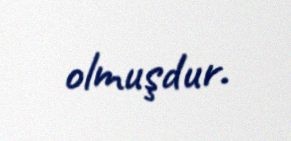
olmuşdur.